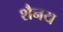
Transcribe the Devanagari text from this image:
शैनय